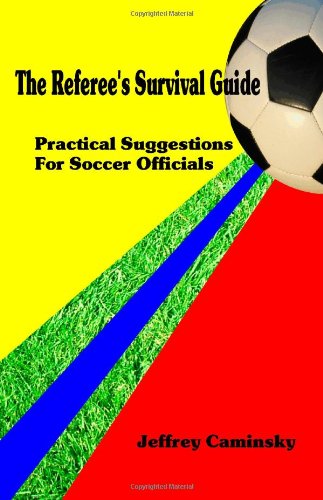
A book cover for The Referee's Survival Guide; Jeffrey Caminsky; Sports & Outdoors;